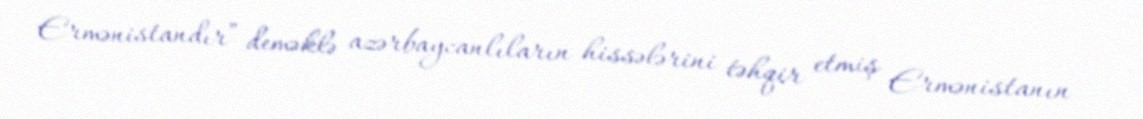
Ermənistandır” deməklə azərbaycanlıların hissələrini təhqir etmiş Ermənistanın